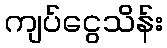
ကျပ်ငွေသိန်း